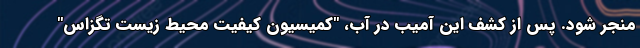
منجر شود. پس از کشف این آمیب در آب، "کمیسیون کیفیت محیط زیست تگزاس"